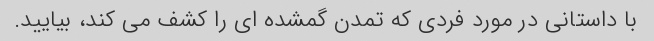
با داستانی در مورد فردی که تمدن گمشده ای را کشف می کند، بیایید.